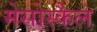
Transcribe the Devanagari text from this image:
मेसोस्कैल